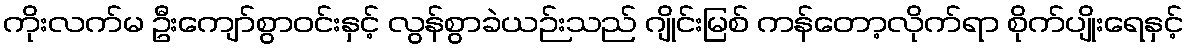
ကိုးလက်မ ဦးကျော်စွာဝင်းနှင့် လွန်စွာခဲယဉ်းသည် ဂျိုင်းမြစ် ကန်တော့လိုက်ရာ စိုက်ပျိုးရေနှင့်